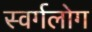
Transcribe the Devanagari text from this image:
स्वर्गलोग